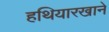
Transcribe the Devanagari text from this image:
हथियारखाने